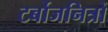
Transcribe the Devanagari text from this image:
टर्बोजनित्रों